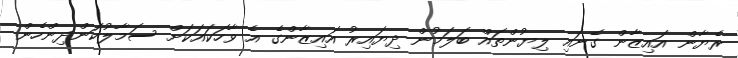
ރެޔާން އައިޒާން ގެނައި ލިޔުންތައް ބަލަމުން ދިޔައިރު އައިޒާންގެ އެ ވާހަކައަކަށް ސަމާލުކަންދިންހެން